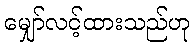
မျှော်လင့်ထားသည်ဟု